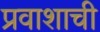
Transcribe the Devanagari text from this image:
प्रवाशाची